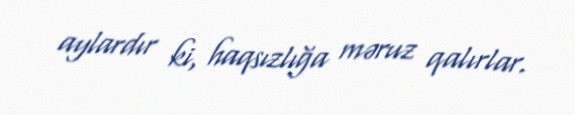
aylardır ki, haqsızlığa məruz qalırlar.